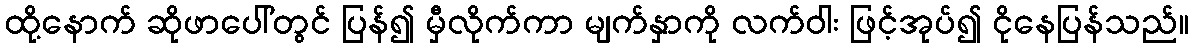
ထို့နောက် ဆိုဖာပေါ်တွင် ပြန်၍ မှီလိုက်ကာ မျက်နှာကို လက်ဝါး ဖြင့်အုပ်၍ ငိုနေပြန်သည်။